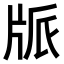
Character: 𤖼